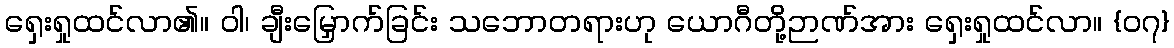
ရှေးရှုထင်လာ၏။ ဝါ၊ ချီးမြှောက်ခြင်း သဘောတရားဟု ယောဂီတို့ဉာဏ်အား ရှေးရှုထင်လာ။ {၀၇}